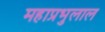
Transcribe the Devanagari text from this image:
महाप्रभुलाल